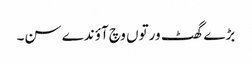
بڑے گھٹ ورتوں وچ آؤندے سن۔